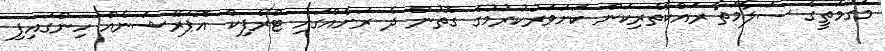
މަގުމަތީގެ ސަލާމަތާ ރައްކާތެރިކަން ކަށަވަރުކުރުމުގެ ގޮތުން ދެ ރަށެއްގައި ޓްރެފިކް އޮޕަރޭޝަނެއް ހިންގައިފި